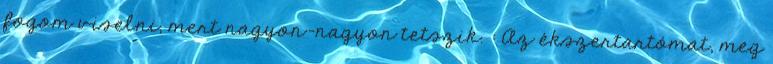
fogom viselni, mert nagyon-nagyon tetszik. : Az ékszertartómat, meg